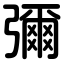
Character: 彌